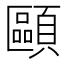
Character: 𩔸